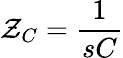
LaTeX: \mathcal{Z}_{C}={\frac{{1}}{{sC}}}